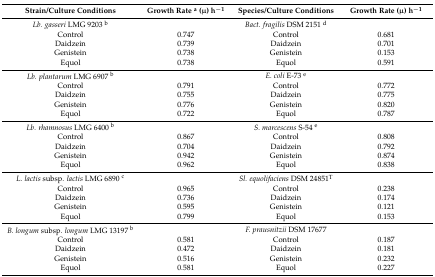
| Strain/Culture Conditions | Growth Rate a (μ) h−1 | Species/Culture Conditions | Growth Rate (μ) h−1 |
 | --- | --- | --- | --- |
 | Lb. gasseri LMG 9203 b |  | Bact. fragilis DSM 2151 d |  |
 | Control | 0.747 | Control | 0.681 |
 | Daidzein | 0.739 | Daidzein | 0.701 |
 | Genistein | 0.738 | Genistein | 0.153 |
 | Equol | 0.738 | Equol | 0.591 |
 | Lb. plantarum LMG 6907 b |  | E. coli E-73 e |  |
 | Control | 0.791 | Control | 0.772 |
 | Daidzein | 0.755 | Daidzein | 0.775 |
 | Genistein | 0.776 | Genistein | 0.820 |
 | Equol | 0.722 | Equol | 0.787 |
 | Lb. rhamnosus LMG 6400 b |  | S. marcescens S-54 e |  |
 | Control | 0.867 | Control | 0.808 |
 | Daidzein | 0.704 | Daidzein | 0.792 |
 | Genistein | 0.942 | Genistein | 0.874 |
 | Equol | 0.962 | Equol | 0.838 |
 | L. lactis subsp. lactis LMG 6890 c |  | Sl. equolifaciens DSM 24851T |  |
 | Control | 0.965 | Control | 0.238 |
 | Daidzein | 0.736 | Daidzein | 0.174 |
 | Genistein | 0.595 | Genistein | 0.121 |
 | Equol | 0.799 | Equol | 0.153 |
 | B. longum subsp. longum LMG 13197 b |  | F. prausnitzii DSM 17677 |  |
 | Control | 0.581 | Control | 0.187 |
 | Daidzein | 0.472 | Daidzein | 0.181 |
 | Genistein | 0.516 | Genistein | 0.232 |
 | Equol | 0.581 | Equol | 0.227 |